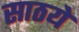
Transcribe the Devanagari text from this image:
साठये